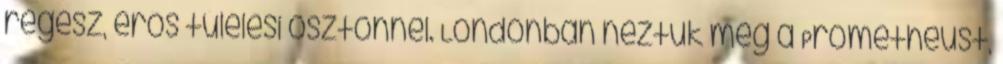
régész, erős túlélési ösztönnel. Londonban néztük meg a Prometheust,